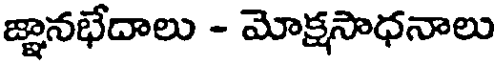
జ్ఞానభేదాలు - మోక్షసాధనాలు